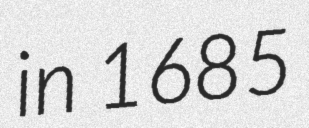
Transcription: in 1685